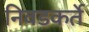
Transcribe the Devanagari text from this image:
निवडकर्ते